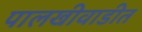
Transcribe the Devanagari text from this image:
पालखीवाडीत